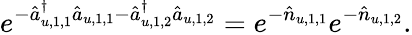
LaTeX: e^{-\hat{a}_{u,1,1}^{\dagger}\hat{a}_{u,1,1}-\hat{a}_{u,1,2}^{\dagger}\hat{a}_{u,1,2}}=e^{-\hat{n}_{u,1,1}}e^{-\hat{n}_{u,1,2}}.